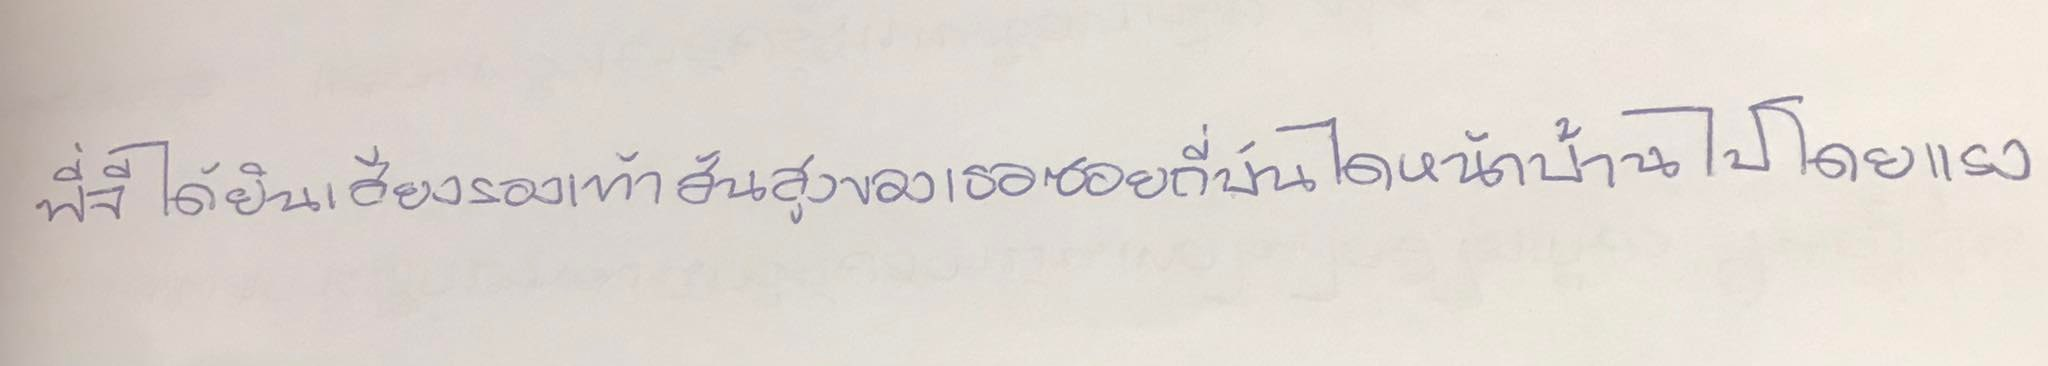
พี่จีได้ยินเสียงรองเท้าส้นสูงของเธอซอยถี่บันไดหน้าบ้านไปโดยแรง